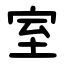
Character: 室